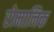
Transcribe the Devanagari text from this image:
रोमानिक